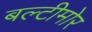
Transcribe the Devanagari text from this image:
बल्टीमोर